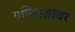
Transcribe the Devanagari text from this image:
गणितज्ञांवर